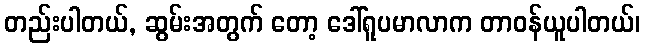
တည်းပါတယ်, ဆွမ်းအတွက် တော့ ဒေါ်ရူပမာလာက တာဝန်ယူပါတယ်၊